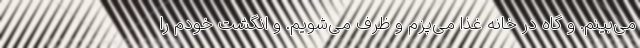
می‌بینم. و گاه در خانه غذا می‌پزم و ظرف می‌شویم. و انگشت خودم را